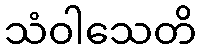
သံဝါသေတိ